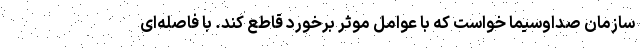
سازمان صداوسیما خواست که با عوامل موثر برخورد قاطع کند. با فاصله‌ای